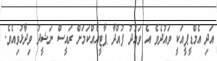
އަދި އެމްޑީޕީއަކީ ވައުދެވެ އެ ވައުދު ފުއްދާ ޕާޓީއެއްކަމަށް ރައީސް ނަޝީދު ވިދާޅުވިއެވެ.